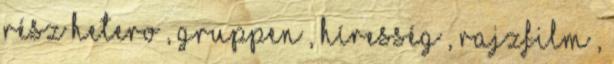
rész hetero , gruppen , híresség , rajzfilm ,